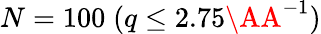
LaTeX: N=100\; (q\leq 2.75\AA^{-1})